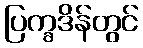
ပြက္ခဒိန်တွင်